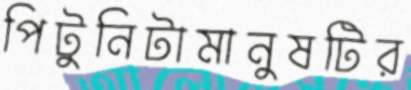
পিটুনিটামানুষটির